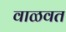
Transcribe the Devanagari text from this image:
वाळवत